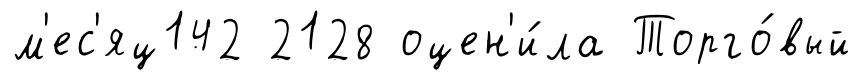
м'ес'яц142 2128 оцен'и́ла Торго́вый